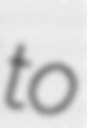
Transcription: to